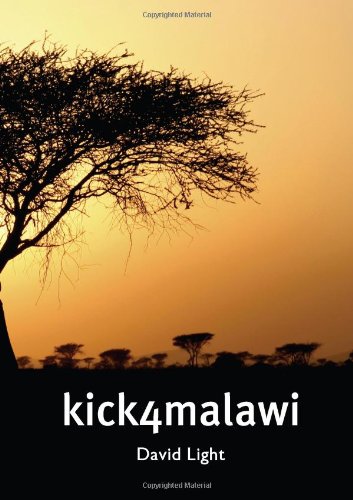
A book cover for Kick 4 Malawi; David Light; Travel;